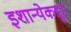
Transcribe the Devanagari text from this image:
इशान्येकडून